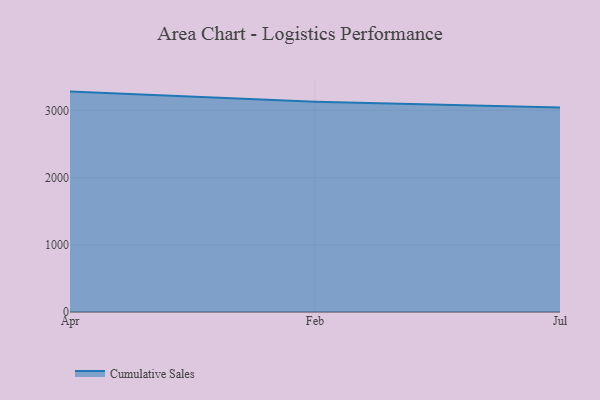
{"axis": {"x": "Month", "y": "Energy Usage (MWh)"}, "legend": ["Cumulative Sales"], "data": [{"x": "Apr", "y": 3280.4, "type": "Cumulative Sales"}, {"x": "Feb", "y": 3128.3, "type": "Cumulative Sales"}, {"x": "Jul", "y": 3042.9, "type": "Cumulative Sales"}]}